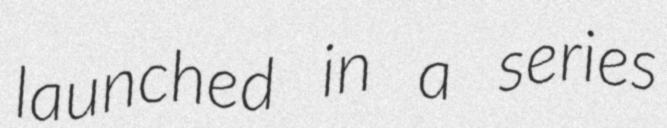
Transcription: launched in a series